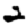
Digit: 2